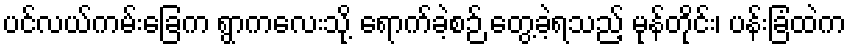
ပင်လယ်ကမ်းခြေက ရွာကလေးသို့ ရောက်ခဲ့စဉ် တွေ့ခဲ့ရသည့် မုန်တိုင်း၊ ပန်းခြံထဲက